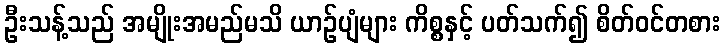
ဦးသန့်သည် အမျိုးအမည်မသိ ယာဉ်ပျံများ ကိစ္စနှင့် ပတ်သက်၍ စိတ်ဝင်တစား